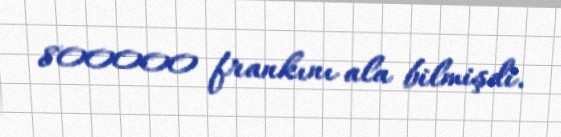
800000 frankını ala bilmişdi.